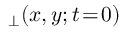
_ { \perp } ( x , y ; t \! = \! 0 )